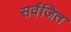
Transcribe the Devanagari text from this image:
सर्वंजित